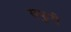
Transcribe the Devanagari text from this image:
सफुरी